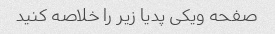
صفحه ویکی پدیا زیر را خلاصه کنید